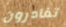
تغادرون